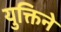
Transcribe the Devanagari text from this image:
युक्तिने